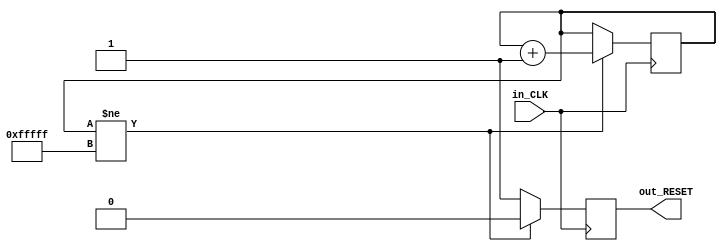
module Reset_Delay(in_CLK,out_RESET);//
input in_CLK;
output reg out_RESET;
reg[19:0] Cont;
 
always@(posedge in_CLK)
begin
	if(Cont!=20'hfffff)
		begin
			Cont<=Cont+1'b1;
			out_RESET<=1'b0;
		end
	else
		out_RESET<=1'b1;
end
endmodule